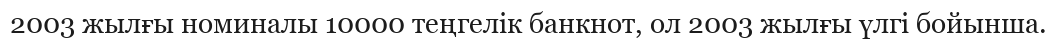
2003 жылғы номиналы 10000 теңгелік банкнот, ол 2003 жылғы үлгі бойынша.